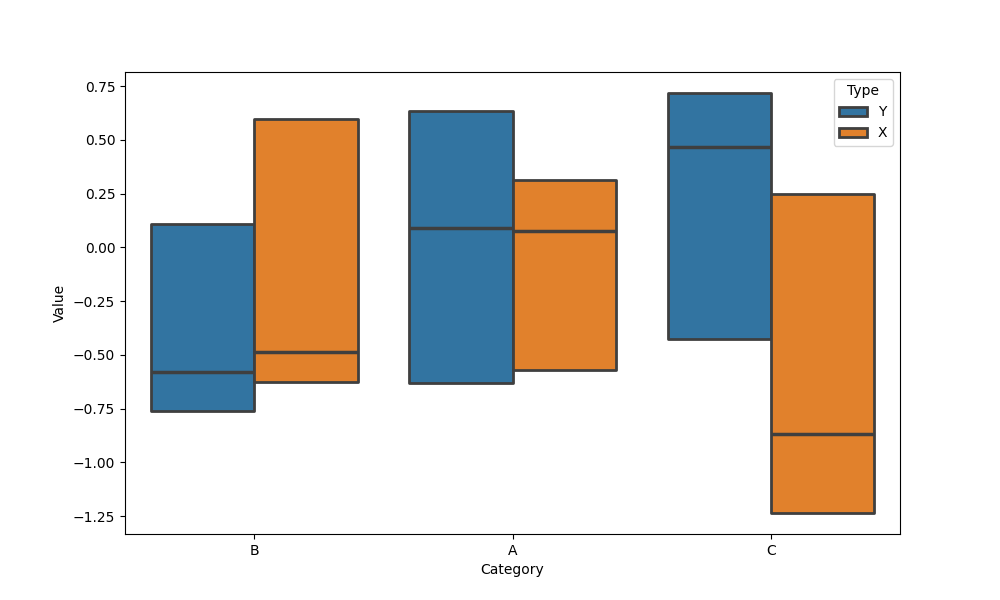
python, seaborn, boxenplot, k_depth='tukey', linewidth=2, scale='linear', outlier_prop=0.1, showfliers=False